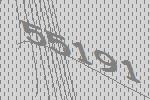
55191